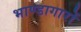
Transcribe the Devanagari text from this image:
भाण्डागारों